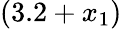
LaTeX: (3.2+x_{1})